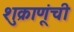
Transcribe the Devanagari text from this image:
शुक्राणूंची